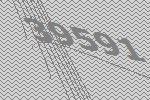
39591